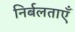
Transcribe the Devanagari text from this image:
निर्बलताएँ